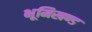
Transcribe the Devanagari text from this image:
भूमिखण्ड